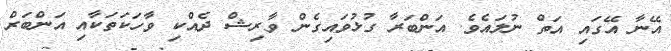
އޭނާ އޭގައި އަތް ނުލައެވެ. އަންބަރާ ގުޅުވައިގެން ވާރިޝް ދެއްކި ވާހަކަތަކާއި އަންބަރް